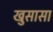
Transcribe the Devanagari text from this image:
खुसासा